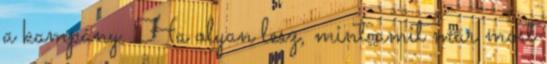
a kampány. Ha olyan lesz, mint amit már most